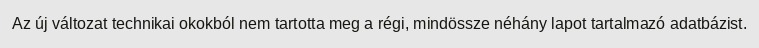
Az új változat technikai okokból nem tartotta meg a régi, mindössze néhány lapot tartalmazó adatbázist.